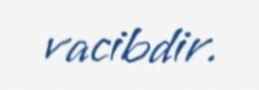
vacibdir.